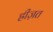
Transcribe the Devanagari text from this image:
ह्रीज़त